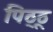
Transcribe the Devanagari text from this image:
पिठ्ठू